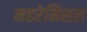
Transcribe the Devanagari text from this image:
महरेमिसल